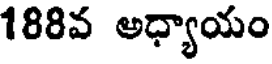
188వ అధ్యాయం